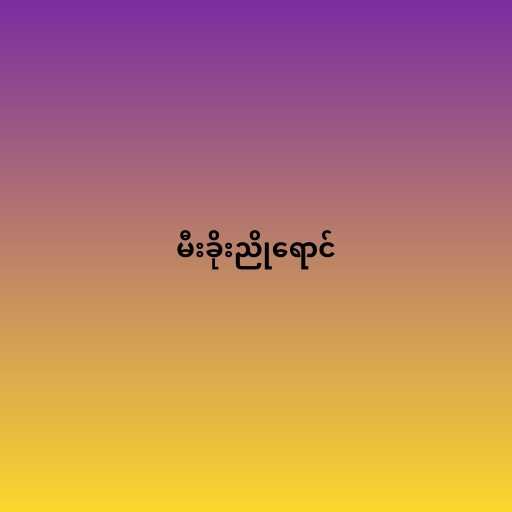
မီးခိုးညိုရောင်